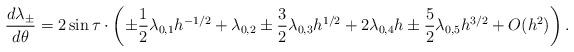
LaTeX: \begin{align*} \frac{d\lambda_\pm}{d\theta}=2\sin\tau \cdot\left(\pm \frac{1}{2}\lambda_{0,1} h^{-1/2}+ \lambda_{0,2} \pm \frac{3}{2}\lambda_{0,3} h^{1/2}+ 2\lambda_{0,4} h\pm \frac{5}{2}\lambda_{0,5} h^{3/2} + O(h^2)\right).\end{align*}